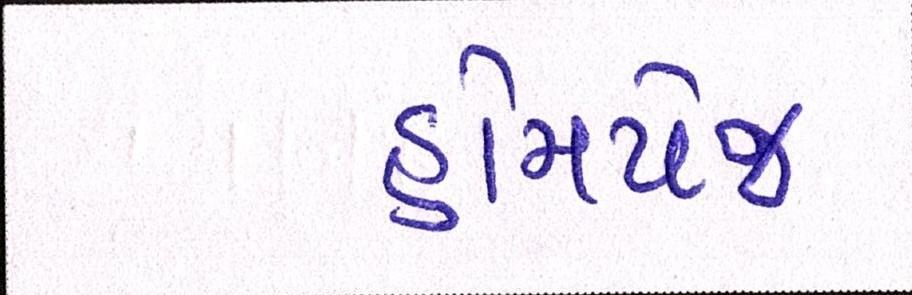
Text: હોમપેજ